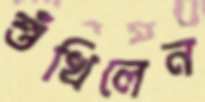
শুঁখিলেন